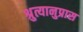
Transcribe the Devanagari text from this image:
श्रुत्यानुप्रास